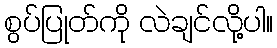
စွပ်ပြုတ်ကို လဲချင်လို့ပါ။